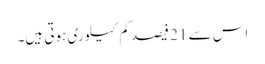
اس سے 21 فیصد کم کیلوری ہوتی ہیں۔